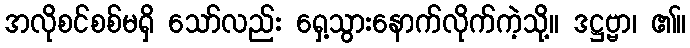
အလိုစင်စစ်မရှိ သော်လည်း ရှေ့သွားနောက်လိုက်ကဲ့သို့။ ဒဋ္ဌဗ္ဗာ၊ ၏။